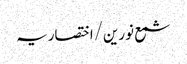
شمع نورین/اختصاریہ